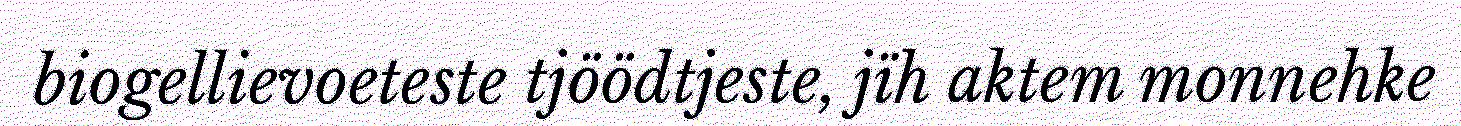
biogellievoeteste tjöödtjeste, jïh aktem monnehke